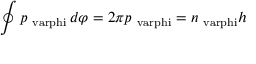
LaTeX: \oint p _ { \mathrm { \ v a r p h i } } \, d \varphi = 2 \pi p _ { \mathrm { \ v a r p h i } } = n _ { \mathrm { \ v a r p h i } } h